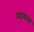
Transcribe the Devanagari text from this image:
आयवा